Sanitation, dispensaries and jails vaccination Rajputana 1922-1927 - 1922-1927
Year: 1922
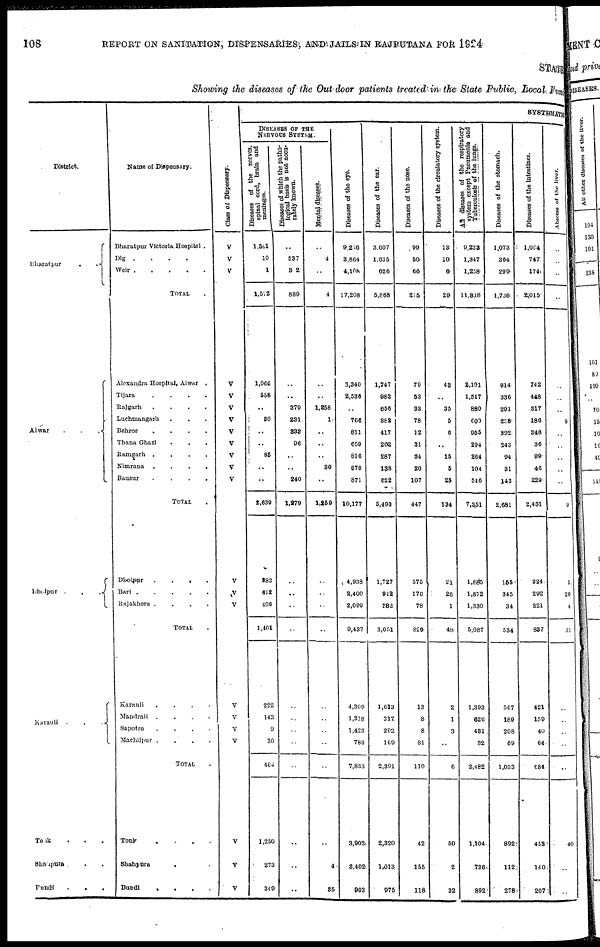
108 REPORT ON SANITATION, DISPENSARIES, AND JAILS IN RAJPUTANA FOR 1924
STATE
Showing the diseases of the Out door patients treated in the State Public, Local,Fund
District.
Bharatpur
..
Alwar
...
Dholpur
...
Karauli ...
Tonk ...
Shahpura ..
Bundi
...
Name of Dispensary.
Bharatpur Victoria Hospital .
Dig ....
Weir .
.
.
.
.
TOTAL .
Alexandra Hospital, Alwar .
Tijara
.
.
.
.
Rajgarh
.
.
.
.
Luchmangarh ...
Behror
....
Thana Ghazi ...
Ramgarh ....
Nimrana
.
.
.
.
Bausur
.
.
.
.
TOTAL .
Dholpur
....
Bari
Rajakhera .
.
.
.
TOTAL .
Karauli
.
.
.
.
Mandrail
.
.
.
.
Sapotra
.
.
.
.
Machilpur .
.
.
.
TOTAL .
Tonk
....
Shahpura ..
Bundi
.
.
.
.
Class of Dispensary.
V
V
V
V
V
V
V
V
V
V
V
V
V
V
V
V
V
V
V
V
V
V
SYSTEMATIC
DISEASES OF THE
NERVOUS SYSTEM.
Diseases of the nerves,
spinal cord, brain and
meninges.
l,561
10
1
1,572
1,966
558
..
30
..
..
85
..
..
2,639
883
612
406
1,401
222
143
9
30
404
1,250
273
340
Diseases of which the patho-
logical basis is not accu-
rately known.
..
537
302
889
..
..
379
231
333
96
..
..
240
1,279
..
..
..
..
..
..
..
..
..
..
..
..
Mental diseases.
..
4
..
4
..
..
1,258
1
..
..
..
30
..
1,259
..
..
..
..
..
..
..
..
..
..
4
35
Diseases of the eye.
9,266
3,864
4,108
17,208
3,340
2,536
..
766
811
659
816
878
871
10,177
4,938
2,400
2,099
9,437
4,309
1,318
1,423
783
7,833
3,902
3,402
903
Diseases of the ear.
3,607
1,635
626
5,868
1,747
982
656
882
417
202
287
138
622
5,493
1,727
912
382
3,051
1,613
317
292
169
2,391
2,320
1,013
975
Diseases of the nose.
99
50
66
215
79
53
33
78
12
31
34
20
107
447
575
176
78
829
13
8
8
81
110
42
155
118
Diseases of the circulatory system.
13
10
6
29
48
..
35
5
6
..
15
5
25
134
21
26
1
48
2
1
3
..
6
50
2
32
All diseases of the respiratory
system except Pneumonia and
Tuberculosis of the lungs.
9,233
1,347
1,258
11,838
2,191
1,517
880
600
955
294
264
104
546
7,351
1,885
1,872
1,330
5,087
1,393
626
431
32
2,482
1,104
736
892
Diseases of the stomach.
1,073
364
299
1,736
914
336
291
238
392
243
94
31
143
2,681
155
345
34
534
567
189
208
69
1,033
892
112
278
Diseases of the intestines.
1,094
747
174
2,015
742
448
317
186
348
36
99
46
229
2,451
324
292
221
837
421
159
40
64
684
453
140
207
Abscess of the liver.
..
..
..
..
..
..
..
9
..
..
..
..
..
9
1
26
4
31
..
..
..
..
..
40
..
..